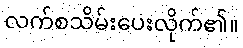
လက်စသိမ်းပေးလိုက်၏။